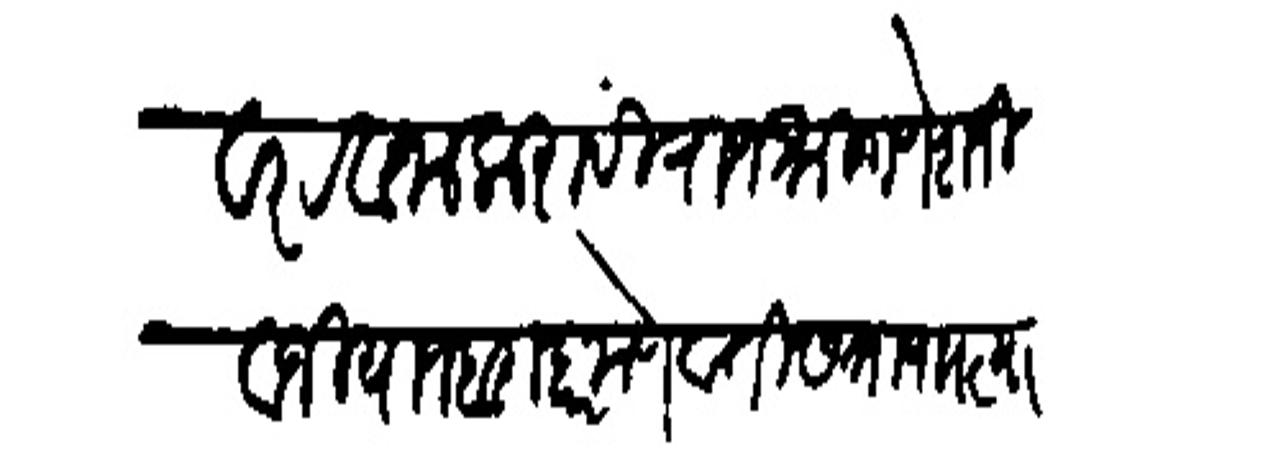
Transliteration (Devanagari): डाकेवर रवाना करावी राजश्री गणेश जिवाजी याजबराबर मेणवाती सत्रा पाा त्या